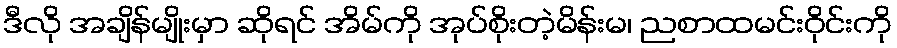
ဒီလို အချိန်မျိုးမှာ ဆိုရင် အိမ်ကို အုပ်စိုးတဲ့မိန်းမ၊ ညစာထမင်းဝိုင်းကို